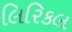
લિરિકલ